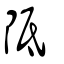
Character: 阺